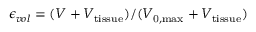
\epsilon _ { v o l } = ( V + V _ { \mathrm { t i s s u e } } ) / ( V _ { \mathrm { 0 , m a x } } + V _ { \mathrm { t i s s u e } } )